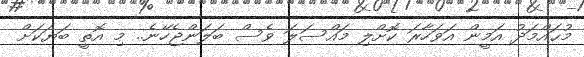
މުޙައްމަދު އަމީން އަވަހާރަ ކޮށްލި މައްސަލަ ވެސް ބަލަންޖެހޭނެ.. މި އޮތީ ބަޔަކަށް